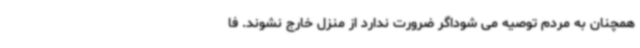
همچنان به مردم توصیه می شوداگر ضرورت ندارد از منزل خارج نشوند. فا